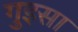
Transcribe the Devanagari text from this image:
गुइसा